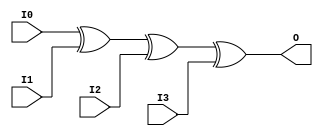
module fold_xor48 (
    input [7:0] I0,
    input [7:0] I1,
    input [7:0] I2,
    input [7:0] I3,
    output [7:0] O
);
assign O = ((I0 ^ I1) ^ I2) ^ I3;
endmodule